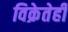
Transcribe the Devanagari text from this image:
विक्रेतेही